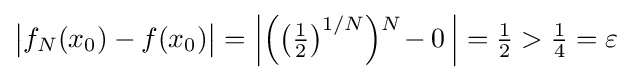
{\bigl |}f_{N}(x_{0})-f(x_{0}){\bigr |}=\left|{{\Bigl (}{\bigl (}{\tfrac {1}{2}}{\bigr )}^{1/N}{\Bigr )}{\vphantom {\big |}}^{N}\!-0}~\!\right|={\tfrac {1}{2}}>{\tfrac {1}{4}}=\varepsilon